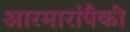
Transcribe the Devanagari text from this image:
आरमारांपैकी